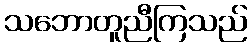
သဘောတူညီကြသည်